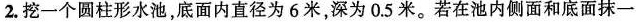
2.挖一个圆柱形水池，底面内直径为6米，深为0.5米。若在池内侧面和底面抹一